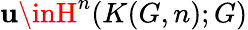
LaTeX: \mathbf{u}\inH^{n}(K(G,n);G)